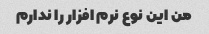
من این نوع نرم افزار را ندارم